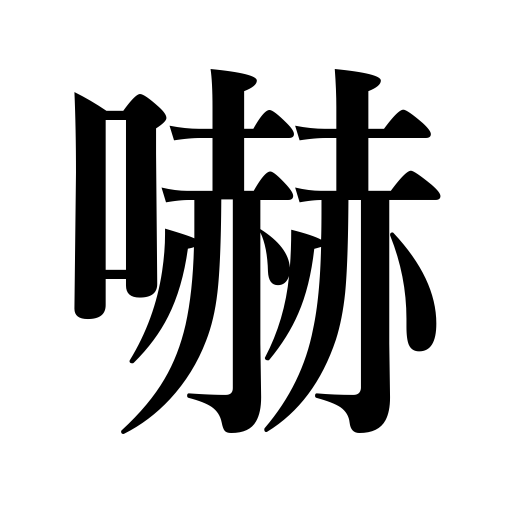
Meanings: threaten,frighten,intimidate